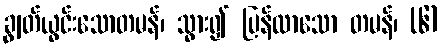
ချွတ်ယွင်းသောတမန်၊ သွား၍ ပြန်လာသော တမန်၊ (၆)